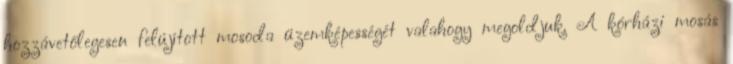
hozzávetőlegesen felújított mosoda üzemképességét valahogy megoldjuk. A kórházi mosás